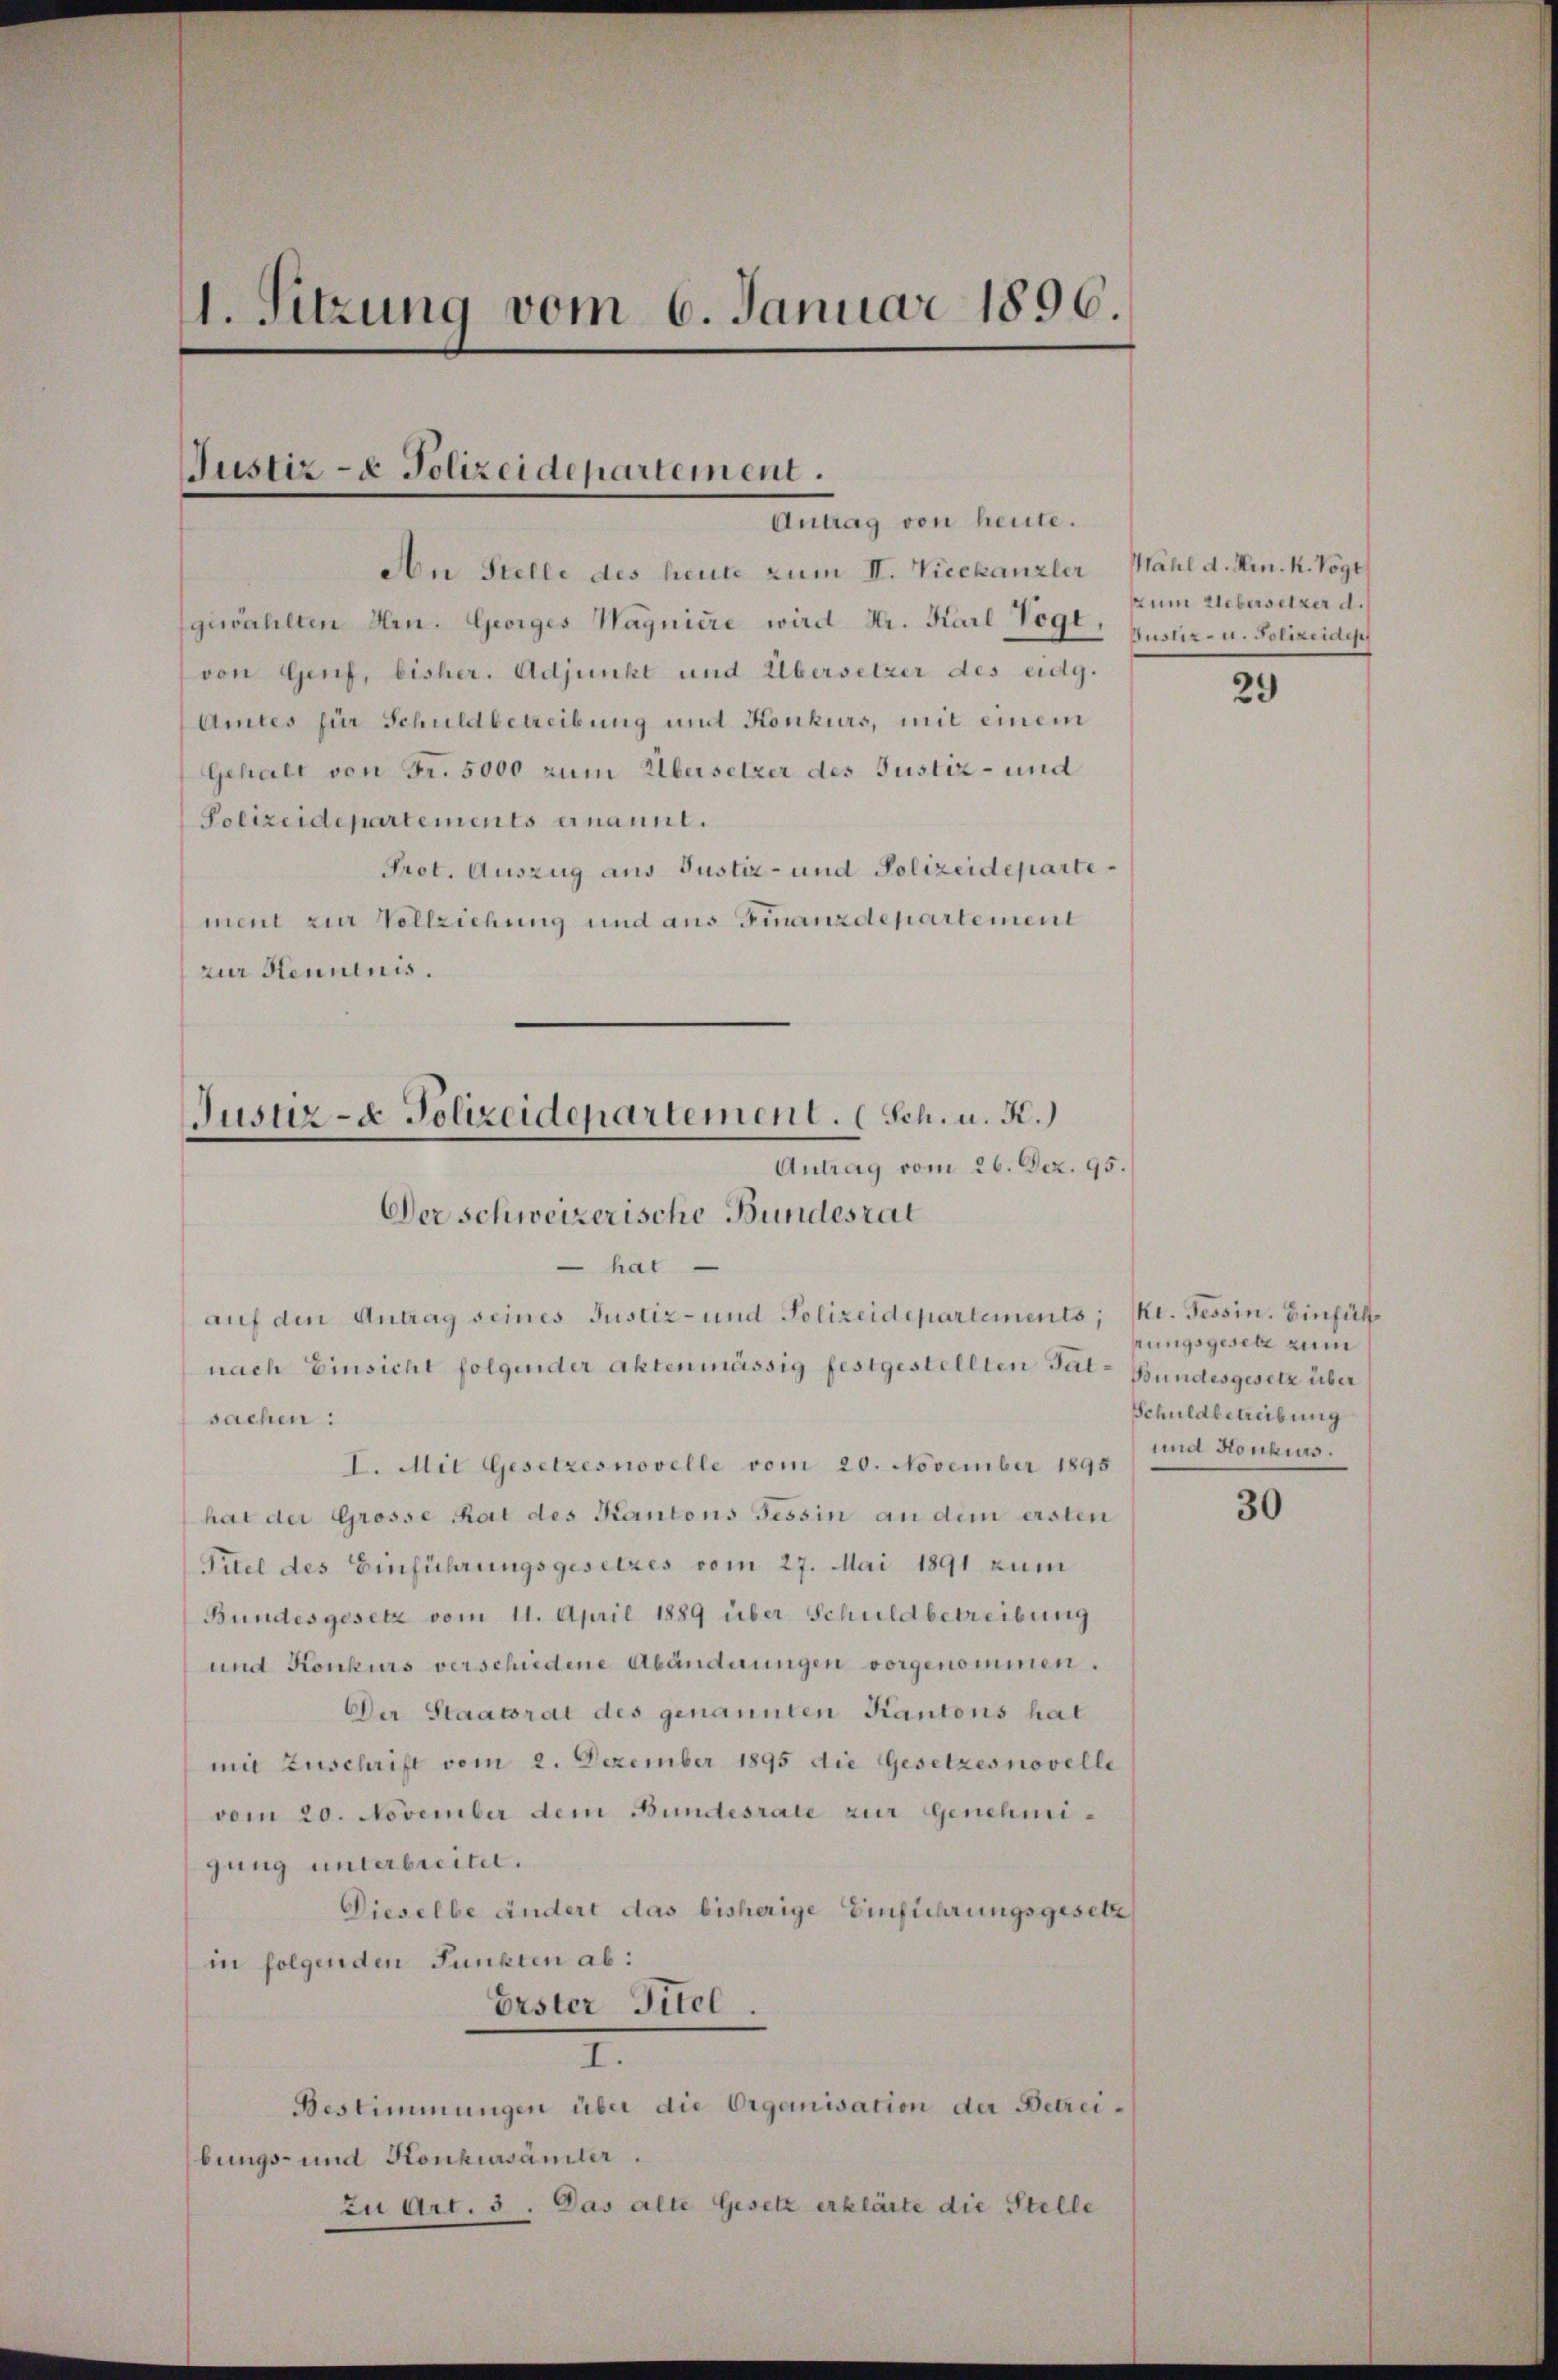
1. Sitzung vom 6. Januar 1896.

Justiz- & Polizeidepartement.
Antrag von heute.

An Stelle des heute zum II. Vicekanzler Mähl d. Hrn. k. Voge
gewählten Hrn. Georges Wagniere wird Hr. Karl Vogt,
von Genf, bisher. Adjunkt und Übersetzer des eidg.
Amtes für Schuldbetreibung und Konkurs, mit einem
Gehalt von Fr. 5000 zum Übersetzer des Justiz- und
Polizeidepartements ernannt.
Prot. Auszug aus Justiz- und Polizeidepartement zur Vollziehung und aus Finanzdepartement
zur Henntnis.
Der schweizerische Bundesrat
 hat
auf den Antrag seines Justiz- und Polizeidepartements; Kt. Tessin. Einfühnach Einsicht folgender Aktenmässig festgestellten Tal- Bundesgesetz über
sachen:
I. Mit Gesetzesnovelle vom 20. November 1895
hat der Grosse Rat des Kantons Tessin an dem ersten
Titel des Einführungsgesetzes vom 27. Mai 1891 zum
Bundesgesetz vom 11. April 1889 über Schuldbetreibung
und Konkurs verschiedene Abänderungen vorgenommen.
Der Staatsrat des genannten Kantons hat
mit Zuschrift vom 2. Dezember 1895 die Gesetzes novelle
vom 20. November dem Bundesrate zur Genehmigung unterbreitet.
Dieselbe ändert das bisherige Einführungsgesetz
in folgenden Punkten ab:
Erster Titel.
I.
Bestimmungen über die Organisation der Betreibungs- und Konkursämter.
zu Art. 3. Das alte Gesetz erklärte die Stelle

Justiz- & Polizeidepartement. (Sch. u. K.
Antrag vom 26. Dez. 95.

zum Uebersetzer d.
Justiz- u. Polizeiden

29

nungsgesetz zum
Schuldbetreibung
und Konkurs.

30